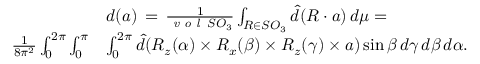
\begin{array} { r l } & { d ( a ) \, = \, \frac { 1 } { \emph { v o l } \, S O _ { 3 } } \int \displaylimits _ { R \in S O _ { 3 } } \widehat { d } ( R \cdot a ) \, d \mu = } \\ { \frac { 1 } { 8 \pi ^ { 2 } } \int \displaylimits _ { 0 } ^ { 2 \pi } \int \displaylimits _ { 0 } ^ { \pi } } & { \int \displaylimits _ { 0 } ^ { 2 \pi } \widehat { d } ( R _ { z } ( \alpha ) \times R _ { x } ( \beta ) \times R _ { z } ( \gamma ) \times a ) \sin \beta \, d \gamma \, d \beta \, d \alpha . } \end{array}